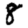
Digit: 8